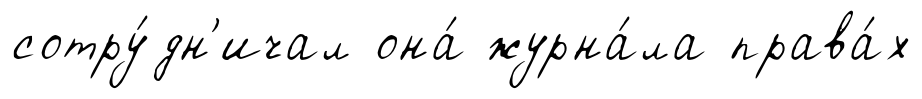
сотру́дн'ичал она́ журна́ла права́х